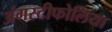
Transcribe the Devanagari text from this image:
अंगस्टीफोलिया